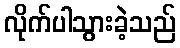
လိုက်ပါသွားခဲ့သည်